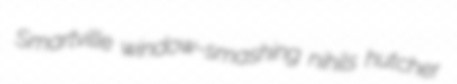
Smartville window-smashing nihils hutcher